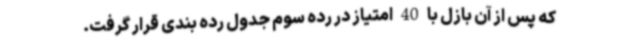
که پس از آن بازل با 40 امتیاز در رده سوم جدول رده بندی قرار گرفت.